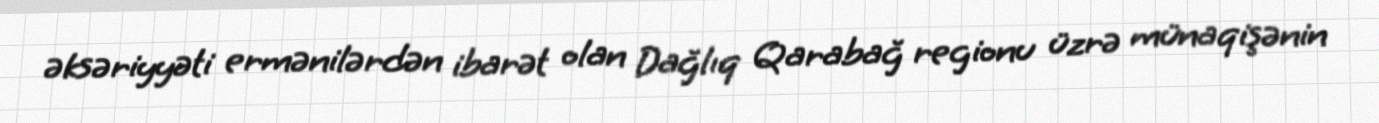
əksəriyyəti ermənilərdən ibarət olan Dağlıq Qarabağ regionu üzrə münaqişənin